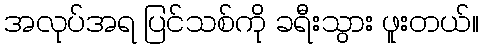
အလုပ်အရ ပြင်သစ်ကို ခရီးသွား ဖူးတယ်။